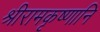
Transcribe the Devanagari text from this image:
श्रीरामकृष्णानि